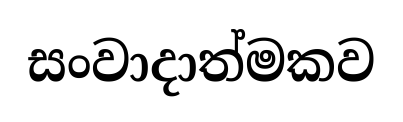
සංවාදාත්මකව